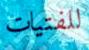
للفتيات